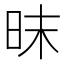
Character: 昩